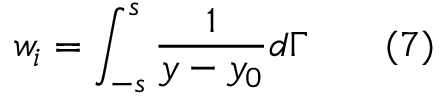
w _ { i } = \int _ { - s } ^ { s } { \frac { 1 } { y - y _ { 0 } } } d \Gamma \qquad ( 7 )